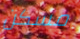
مسكن